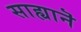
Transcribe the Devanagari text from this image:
साह्यानॆ